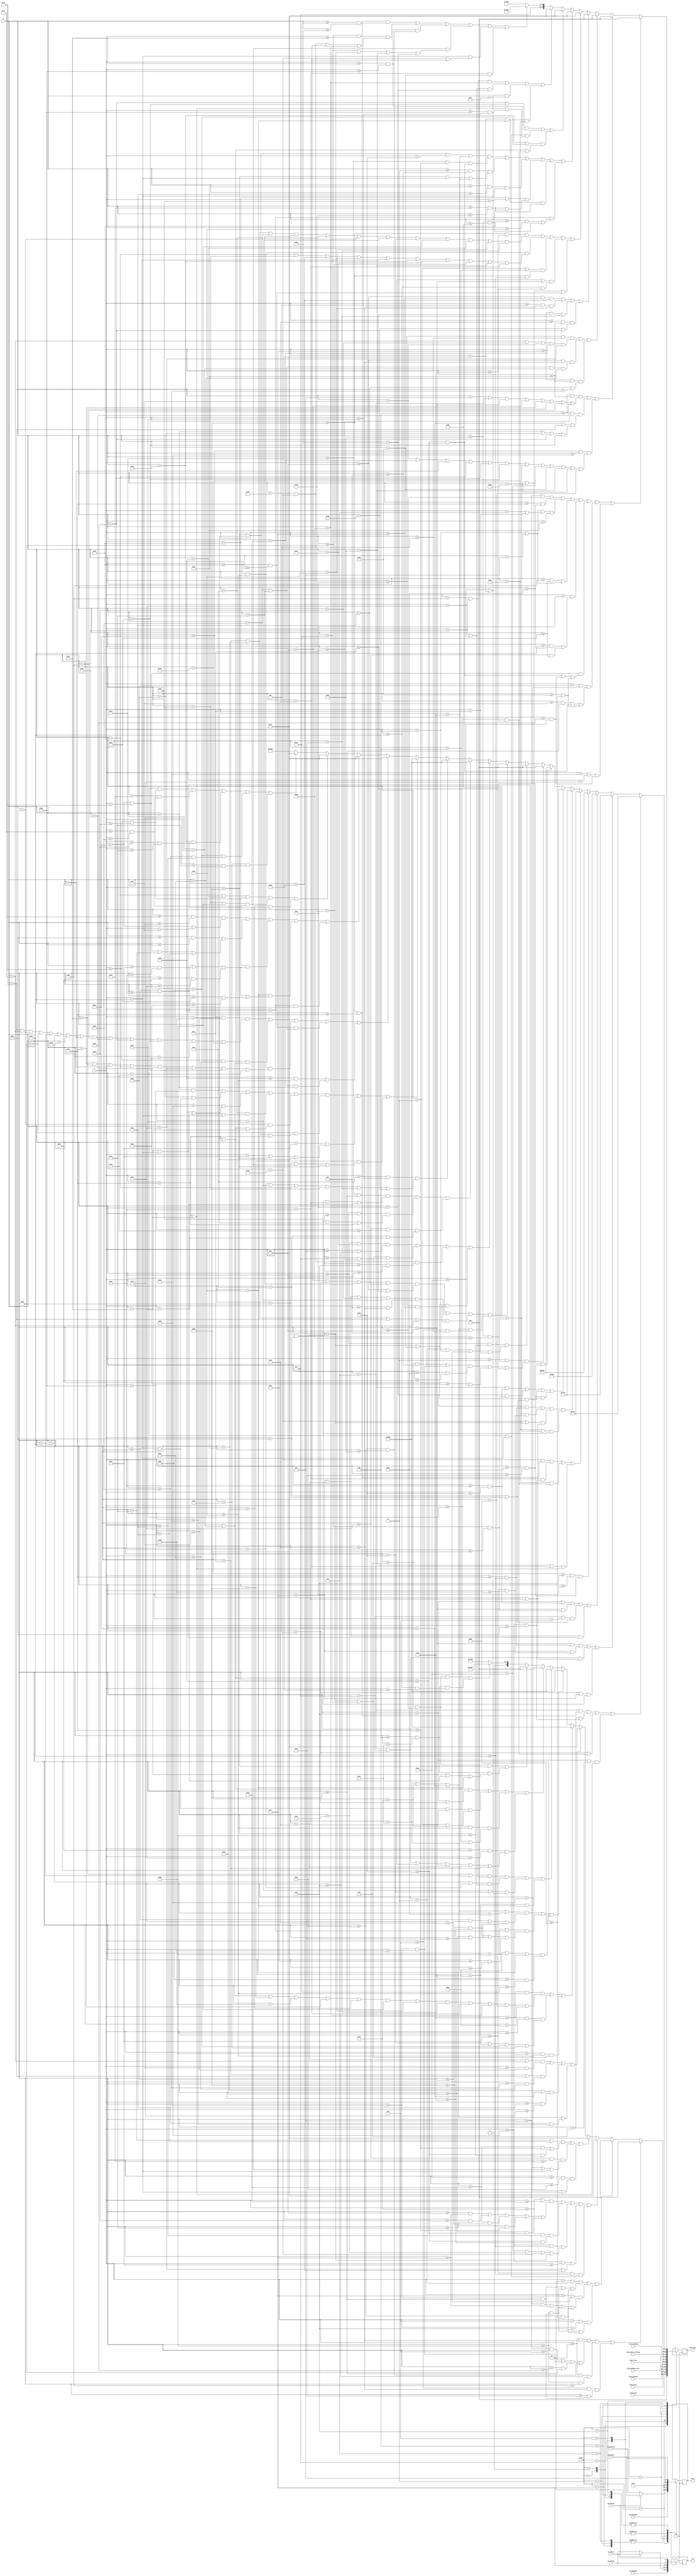
`timescale 1ns / 1ps
//////////////////////////////////////////////////////////////////////////////////
// Company: 
// Engineer: 
// 
// Design Name: 
// Module Name: finalMux
// Project Name: 
// Target Devices: 
// Tool Versions: 
// Description: 
// 
// Dependencies: 
// 
// Revision:
// Revision 0.01 - File Created
// Additional Comments:
// 
//////////////////////////////////////////////////////////////////////////////////


module finalMux(
    input clk,
    input [3:0] state,
    input [15:0] oled_menu, oled_basic, oled_pokemon, oled_pokemon_over, oled_potion_mixing, oled_fruit,
    input [3:0] an_basic, an_pokemon, an_potion,
    input [7:0] seg_basic, seg_pokemon, seg_potion,
    output reg [15:0] oled_data,
    output reg [3:0] an,
    output reg [7:0] seg,
    input [15:0] oled_loading,
    input [6:0] X,
    input [5:0] Y,
    input sw_potion
    );
    parameter [15:0]LIGHT_BLUE = 16'b00000_101100_11101;
    parameter [15:0]BROWN = 16'b11101_011111_00110;
    parameter [6:0] leftX_1 = 7'd6;
    parameter [6:0] leftX_2 = 7'd80;
    parameter [15:0] WHITE = 16'b11111_111111_11111;
    parameter [15:0] GREEN = 16'b00000_111111_00000;
	parameter [15:0] BLACK = 16'b00000_000000_00000;
    parameter [15:0] RED = 16'b11111_000000_00000;
    parameter [15:0] BLUE = 16'b00000_000000_11111;
    parameter [15:0] BACKGROUND = 16'b11101_111000_01011; //yellow
    //parameter [15:0]BACKGROUND2 = 16'b11111_000000_11111; //purple
    parameter [15:0]GREY = 16'b10101_101010_10100;

    reg [15:0] oled_over;
    reg [15:0] oled_win;
    reg [15:0] oled_lose;
    always @ (X or Y) begin
        //OVER & LIAO
        //horizontal lines
        if ((((X >= 5 && X <= 13) || (X >= 42 && X <= 50)) && (Y == 4 || Y == 5 || Y == 6 | Y == 17 || Y == 18)) || ((X >= 58 && X <= 66) && (Y == 4 || Y == 5)) || ((Y == 11) && ((X >= 44 && X <= 50) || (X >= 60 && X <= 66))) || ((Y == 21 || Y == 22) && ((X >= 48 && X <= 57) || (X>= 65 && X <= 74) || (X >= 82 && X <= 91))) || ((Y == 34 || Y == 35) && ((X >= 31 && X <= 40) || (X >= 48 && X <= 57) || (X >= 82 && X <= 91))) || ((Y == 28 || Y == 29) && (X >= 65 && X <= 74))) oled_over = BLACK;
        //vertical lines
        else if (((Y >= 4 && Y <= 18) && (X == 5 || X == 6 || X == 12 || X == 13 || X == 42 || X == 43 || X == 58 || X == 59)) || (Y >= 4 && Y <= 11) && (X == 21 || X == 22 || X == 33 | X == 34 | X == 65 | X == 66) || (Y >= 21 && Y <= 35) && (X == 31 || X == 32 || X == 52 || X == 53 || X == 65 || X == 66 || X == 73 || X == 74 || X == 82 || X == 83 || X == 90 || X == 91)) oled_over = BLACK;
        //blocks in V
        else if (((Y >= 11 && Y <= 14) && (X == 23 || X == 24 || X == 31 || X == 32 || X == 60)) || ((Y >= 13 && Y <= 16) && (X == 25 || X == 26 || X == 29 || X == 30)) || ((Y >= 15 && Y <= 18) && (X == 27 || X == 28))) oled_over = BLACK;
        //blocks in R
        else if (((Y >= 13 && Y <= 15) && X == 61) || ((Y >= 14 && Y <= 16) && X == 62) || ((Y >= 15 && Y <= 17) && X == 63) || ((Y >= 16 && Y <= 18) && (X == 64 || X == 65))) oled_over = BLACK;


        //SHIOK & HOR
        //vertical lines
        else if ((Y >= 40 && Y <= 49) && (X == 17 || X == 18 || X == 25 || X == 26 || X == 36 || X == 37 || X == 47|| X == 48 || X == 56 || X == 57 || X == 62 || X == 63) || (Y >= 53 && Y <= 62) && (X == 53 || X == 54 || X == 61 || X == 62 || X == 68 || X == 69 || X == 76|| X == 77 || X == 83 || X == 84) || ((X == 3 || X == 4) && (Y >= 40 && Y <= 44)) || ((X == 11 | X == 12) && (Y >= 44 && Y <= 49)) || ((X == 89 || X == 90) && (Y >= 53 && Y <= 57))) oled_over = BLUE;
        //horizontal lines
        else if (((Y == 40 || Y == 41 || Y == 48 || Y == 49) && ((X >= 33 && X <= 42) || (X >= 48 && X <= 57))) || ((X >= 3 && X <= 12) && (Y == 40 || Y == 44|| Y == 49)) || ((X >= 18 && X <= 27) && Y == 44) || ((Y == 53 || Y == 54) && ((X >= 68 && X <= 77) || (X >= 83 && X <= 89))) || ((Y == 61 || Y == 62) && (X >= 68 && X <= 77)) || (Y == 57 && ((X >= 53 && X <= 62) || (X >= 83 && X <= 89)))) oled_over = BLUE;
        //blocks in K
        else if (((X == 65 || X == 66) && (Y  >= 43 && Y <= 45)) || ((X == 67 || X == 68) && (Y == 42 || Y == 43 || (Y >= 45 && Y <= 47))) || ((X == 69 || X == 70) && (Y == 41 || Y == 42 || (Y >= 47 && Y <= 49)))) oled_over = BLUE;
        //blocks in R
        else if (((Y == 58 || Y == 59) && X == 85) || ((Y == 59 || Y == 60) && X == 86) || ((Y == 60 || Y == 61) && X == 87) || ((Y == 61 || Y == 62) && X == 88)) oled_over = BLUE;


        //HEART
        else if (((Y>= 40 && Y <= 42) && (X >= 78 && X <= 86)) || ((Y>= 38 && Y <= 43) && (X == 79 || X == 80 || X == 84 || X == 85)) || ((Y>= 43 && Y <= 45) && (X >= 81 && X <= 83)) || (Y == 39 && (X == 78 || X == 81 || X == 83 || X == 86)) || (Y == 44 && (X == 80 || X == 84)) || (Y == 46 && X == 82)) oled_over = RED;

        else oled_over = BACKGROUND;

    end
    
	always @ (X or Y) begin
    //colourful block left
    //green confetti
    if ((X == leftX_1 && (Y >= 40 && Y <= 42)) || (X == leftX_1 + 4  && (Y >= 35 && Y <= 37)) || (X == leftX_1 + 8  && (Y >= 47 && Y <= 49)) || ((X == leftX_1 + 3 || X == leftX_1 + 4)  && (Y == 42 || Y == 43))) oled_win = GREEN;
    //pink confetti
    else if ((X == leftX_1 + 6 && (Y >= 42 && Y <= 44)) || (X == leftX_1 + 9  && (Y >= 39 && Y <= 41)) || ((X == leftX_1 || X == leftX_1 + 1)  && (Y == 45 || Y == 46)) || ((X == leftX_1 + 8 || X == leftX_1 + 9)  && (Y == 36 || Y == 37))) oled_win = WHITE;
    //blue confetti
    else if ((X == leftX_1 + 3 && (Y >= 46 && Y <= 48)) || (X == leftX_1 + 6  && (Y >= 38 && Y <= 40)) || ((X == leftX_1 + 1 || X == leftX_1 + 2)  && (Y == 37 || Y == 38)) || ((X == leftX_1 + 9 || X == leftX_1 + 10)  && (Y == 43 || Y == 44))) oled_win = LIGHT_BLUE;
    //brown block
    else if ((X >= leftX_1 + 3 && X <= leftX_1 + 5) && (Y >= 50 && Y <= 63)) oled_win = BROWN;

    //colourful block right
    //green confetti
    else if ((X == leftX_2 && (Y >= 40 && Y <= 42)) || (X == leftX_2 + 4  && (Y >= 35 && Y <= 37)) || (X == leftX_2 + 8  && (Y >= 47 && Y <= 49)) || ((X == leftX_2 + 3 || X == leftX_2 + 4)  && (Y == 42 || Y == 43))) oled_win = GREEN;
    //pink confetti
    else if ((X == leftX_2 + 6 && (Y >= 42 && Y <= 44)) || (X == leftX_2 + 9  && (Y >= 39 && Y <= 41)) || ((X == leftX_2 || X == leftX_2 + 1)  && (Y == 45 || Y == 46)) || ((X == leftX_2 + 8 || X == leftX_2 + 9)  && (Y == 36 || Y == 37))) oled_win = WHITE;
    //blue confetti
    else if ((X == leftX_2 + 3 && (Y >= 46 && Y <= 48)) || (X == leftX_2 + 6  && (Y >= 38 && Y <= 40)) || ((X == leftX_2 + 1 || X == leftX_2 + 2)  && (Y == 37 || Y == 38)) || ((X == leftX_2 + 9 || X == leftX_2 + 10)  && (Y == 43 || Y == 44))) oled_win = LIGHT_BLUE;
    //brown block
    else if ((X >= leftX_2 + 3 && X <= leftX_2 + 5) && (Y >= 50 && Y <= 63)) oled_win = BROWN;



    //WORDS!!!
    //WIN
    //vertical lines
    else if ((Y >= 3 && Y <= 17) && ((X >= 10 && X <= 12) || (X >= 28 && X <= 30) || (X >= 50 && X <= 52) || (X >= 72 && X <= 74) || (X >= 83 && X <= 85))) oled_win = BLACK;
    //horizontal lines
    else if ((X >= 46 && X <= 56) && (Y == 3 || Y == 4 || Y == 16 || Y == 17)) oled_win = BLACK;
    //blocks in W
    else if (((X == 13 || X == 14 || X == 26 || X == 27) && (Y >= 13&& Y <= 17)) || ((X == 15 || X == 16 || X == 24 || X == 25) && (Y >= 12 && Y <= 16)) || ((X == 17 || X == 18 || X == 22 || X == 23) && (Y >= 11 && Y <= 15)) || ((X == 19 || X == 20 || X == 21) && (Y >= 8 && Y <= 14))) oled_win = BLACK;
    //blocks in N
    else if (((X == 75 || X == 76) && (Y >= 5 && Y <= 9)) || ((X == 77 || X == 78 ) && (Y >= 7 && Y <= 11)) || ((X == 79 || X == 80) && (Y >= 9 && Y <= 13)) || ((X == 81 || X == 82) && (Y >= 11 && Y <= 15))) oled_win = BLACK;

    //ZAI
    //horizontal lines
    else if (((X >= 33 && X <= 40) && (Y == 36 || Y == 37 || Y == 46 || Y == 47)) || ((X >= 46 && X <= 54) && (Y == 36 || Y == 37 || Y == 41 || Y == 42)) || ((X >= 60 && X <= 67) && (Y == 36 || Y == 47))) oled_win = RED;
    //vertical lines
    else if ((Y >= 36 && Y <= 47) && (X == 46 || X == 47 || X == 53 || X == 54 || X == 63 || X == 64)) oled_win = RED;
    //blocks in Z
    else if ((X == 33 && Y == 45) || (X == 34 && (Y == 44 || Y == 45)) || (X == 35 && (Y == 43 || Y == 44 || Y == 47)) || (X == 36 && (Y == 42 || Y == 43 || Y == 44)) || (X == 37 && (Y == 41 || Y == 42 || Y == 43)) || (X == 38 && (Y == 40 || Y == 41 || Y == 42)) || (X == 39 && (Y == 39 || Y == 40 || Y == 41)) || (X == 40 && (Y == 38 || Y == 39 || Y == 40))) oled_win = RED;

    //DAMN & SIOL
    //vertical lines
    else if (((Y >= 21 && Y <= 31) && (X == 22 || X == 23 || X == 37 || X == 38 || X == 44 || X == 45 || X == 51 || X == 52 || X == 58 || X == 59 || X == 65 || X == 66 || X == 72 || X == 73)) || ((Y >= 22 && Y <= 30) && (X == 29 || X == 30)) || ((Y >= 53 && Y <= 62) && (X == 42 || X == 43 || X == 52 || X == 53 || X == 59 || X == 60 || X == 66 || X == 67)) || ((Y >= 53 && Y <= 57) && (X == 25 || X == 26)) || ((Y >= 57 && Y <= 62) && (X == 32 || X == 33))) oled_win = BLUE;
    //horizontal lines
    else if (((X >= 22 && X <= 29) && (Y == 21 || Y == 31)) || ((X >= 37 && X <= 45) && (Y == 21 || Y == 22 || Y == 26 || Y == 27)) || (Y == 53 && ((X >= 25 && X <= 33) || (X >= 39 && X <= 46) || (X >= 52 && X <= 60))) || (Y == 62 && ((X >= 25 && X <= 33) || (X >= 39 && X <= 46) || (X >= 52 && X <= 60) || (X >= 66 && X <= 72))) || (Y == 57 && (X >= 25 && X <= 33))) oled_win = BLUE;
    //blocks in M
    else if (((X == 53 || X == 57) && (Y >= 22 && Y <= 24)) || ((X == 54 || X == 56) && (Y >= 23 && Y <= 25)) || (X == 55 && (Y >= 24 && Y <= 26))) oled_win = BLUE; 
    //blocks in N
    else if ((X == 67 && (Y >= 22 && Y <= 24)) || (X == 68 && (Y >= 23 && Y <= 25)) || (X == 69 && (Y >= 24 && Y <= 26)) || (X == 70 && (Y >= 25 && Y <= 27)) || (X == 71 && (Y >= 26 && Y <= 28))) oled_win = BLUE;

    else oled_win = BACKGROUND;

    end
	always @ (X or Y) begin
	//LOSE
	//vertical lines
	if (((Y >= 2 && Y <= 16) && ((X >= 5 && X <= 8) || (X >= 28 && X <= 30) || (X >= 38 && X <= 40) || (X >= 81 && X <= 83))) || ((Y >= 2 && Y <= 9) && (X >= 56 && X <= 58)) ||  ((Y >= 8 && Y <= 16) && (X >= 63 && X <= 65))) oled_lose = BLACK;
	//horizontal lines
	else if (((Y == 2 || Y == 3) && ((X >= 28 && X <= 40) || (X >= 56 && X <= 65) || (X >= 81 && X <= 91))) || ((Y == 15 || Y == 16) && ((X >= 5 && X <= 15) || (X >= 28 && X <= 40) || (X >= 56 && X <= 65) || (X >= 81 && X <= 91))) || ((Y == 8 || Y == 9) && ((X >= 56 && X <= 65) || (X >= 81 && X <= 91)))) oled_lose = BLACK;

	//WHY & SO
	//vertical lines
	else if (((Y >= 20 && Y <= 32) && ((X >= 13 && X <= 15) || (X >= 24 && X <= 26) || (X >= 32 && X <= 34) || (X >= 40 && X <= 42) || (X >= 55 && X <= 57))) || ((Y >= 20 && Y <= 27) && (X >= 48 && X <= 49)) || ((Y >= 35 && Y <= 44) && (X == 74 || X == 75 || X == 80 || X == 81)) || ((Y >= 35 && Y <= 39) && (X == 60 || X == 61)) || ((Y >= 39 && Y <= 44) && (X == 67 || X == 68))) oled_lose = BLUE;
	//horizontal lines
	else if (((Y == 26 || Y == 27) && ((X >= 32 && X <= 42) || (X >= 48 && X <= 56))) || ((X >= 60 && X <= 68) && (Y == 35 || Y == 39 || Y == 44)) || ((X >= 74 && X <= 81) && (Y == 35 || Y == 44))) oled_lose = BLUE;
	//block in W
	else if (((X == 16 || X == 23) && (Y >= 29 && Y <= 31)) || ((X == 17 || X == 22) && (Y >= 28 && Y <= 30)) || ((X == 18 || X == 21) && (Y >= 27 && Y <= 29)) || ((X == 19 || X == 20 || X == 21) && (Y >= 25 && Y <= 28))) oled_lose = BLUE;

	//TRASH
	//vertical lines
	else if (((Y >= 49 && Y <= 62) && (X == 29 || X == 30 || X == 40 || X == 41 || X == 42 || X == 55 || X == 56 || X == 62 || X == 63 || X == 84 || X == 85 || X == 91 || X == 92)) || ((Y >= 49 && Y <= 56) && (X == 48 || X == 49 || X == 70 || X == 71)) || ((Y >= 56 && Y <= 62) && (X == 77 || X == 78))) oled_lose = RED;
	//horizontal lines
	else if (((Y == 49 || Y == 50) && ((X >= 25 && X <= 34) || (X >= 40 && X <= 49) || (X >= 55 && X <= 63))) || ((Y == 56 || Y == 57) && ((X >= 40 && X <= 49) || (X >= 55 && X <= 63) || (X >= 84 && X <= 92))) || ((Y == 49 || Y == 56 || Y == 62) && (X >= 70 && X <= 78))) oled_lose = RED;
	//block in R
	else if (((X == 43 || X == 44) && (Y == 58 || Y == 59)) || ((X == 45 || X == 46) && (Y == 59 || Y == 60)) || ((X == 47 || X == 48) && (Y == 60 || Y == 61)) || (X == 49 && Y == 62)) oled_lose = RED;

	//TRASH CAN
	//vertical lines
	else if (((Y == 41 || Y == 42) && (X == 9 || X == 14)) || ((Y == 44 || Y == 45 || Y == 46) && (X == 3 || X == 20)) || ((Y >= 47 && Y <= 62) && (X == 4 || X == 19)) || ((Y >= 52 && Y <= 60) && (X == 6 || X == 7 || X == 11 || X == 12 || X == 16 || X == 17))) oled_lose = BLACK;
	//horizontal lines
	else if (((X >= 10 && X <= 13) && Y == 40) || ((X >= 4 && X <= 19) && (Y == 43 || Y == 47 || Y == 62))) oled_lose = BLACK;
	//grey fill
	else if (((X >= 10 && X <= 13) && (Y == 41 || Y == 42)) || ((X >= 4 && X <= 19) && (Y >= 44 && Y <= 61))) oled_lose = GREY;

	else oled_lose = BACKGROUND;

	end

    always @ (posedge clk) begin
        case(state)
        4'b1111: begin //locked state
            oled_data <= 16'd0;
            an <= 4'b1111; 
            seg <= 8'b11111_111;
        end
        4'b0000: begin //menu
            oled_data <= oled_menu;
            an <= an_basic;
            seg <= seg_basic;   
        end
        4'b0001: begin //volume bar
            oled_data <= oled_basic;
            an <= an_basic;
            seg <= seg_basic; 
        end
        4'b0010: begin //pokemon game
            oled_data <= oled_pokemon;
            an <= an_pokemon;
            seg <= seg_pokemon;
        end
        4'b0011: begin //pokemon game over
            oled_data <= oled_pokemon_over;
            an <= 4'b1111;
            seg <= 8'b11111_111;
        end
        4'b0100: begin
            oled_data <= oled_fruit;
            an <= an_basic;
            seg <= seg_basic;
        end
        4'b0101: begin
            oled_data <= oled_potion_mixing;
            if (sw_potion == 0) begin
                an <= an_potion;
                seg <= seg_potion;
            end else begin
                an <= an_basic;
                seg <= seg_basic;
            end
        end
        4'b0110: begin
            oled_data <= oled_loading;
            an <= 4'b1111;
            seg <= 8'b11111_111;        
        end
        4'b0111: begin //potion lose
            oled_data <= oled_lose; // potion game over
            an <= an_potion;
            seg <= seg_potion;
        end
        4'b1000: begin //potion win
            oled_data <= oled_win;
            an <= an_potion;
            seg <= seg_potion;
        end
        4'b1001: begin
            oled_data <= oled_over;
            an <= an_basic;
            seg <= seg_basic;
        end
        endcase
    end
endmodule